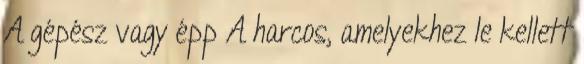
A gépész vagy épp A harcos, amelyekhez le kellett